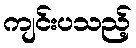
ကျင်းပသည့်